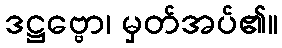
ဒဋ္ဌဗ္ဗော၊ မှတ်အပ်၏။